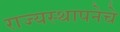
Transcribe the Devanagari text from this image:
राज्यस्थापनेचे